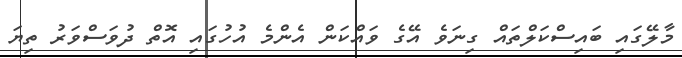
މާލޭގައި ބައިސްކަލްތައް ގިނަވެ އޭގެ ވައްކަން އެންމެ އުހުގައި އޮތް ދުވަސްވަރު ތިޔަ